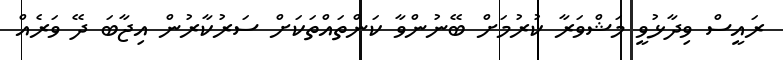
ރައީސް ވިދާޅުވީ މަޝްވަރާ ކުރުމަށް ބޭނުންވާ ކަންތައްތަކަށް ސަރުކާރުން އިޖާބަ ދޭ ވަރެއް